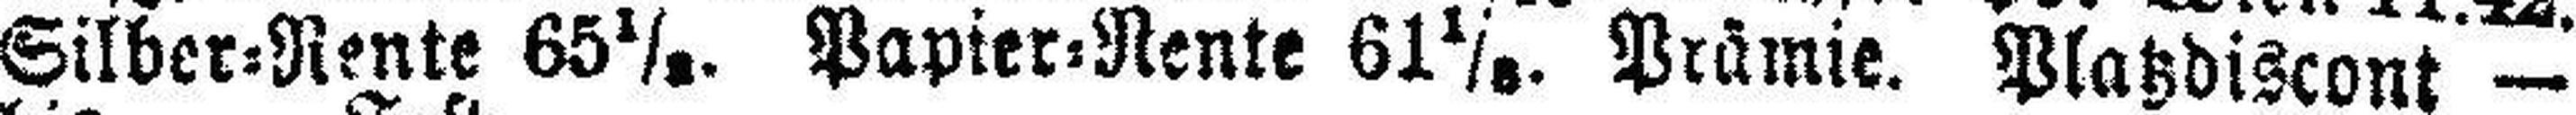
Silber=Rente 65½. Papier=Rente 61 1/8. Prämie. Platzdiscont —